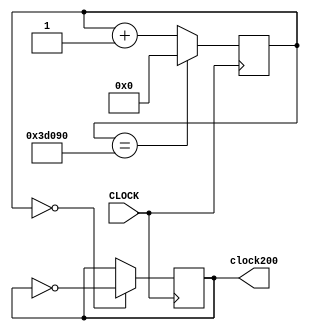
`timescale 1ns / 1ps
//////////////////////////////////////////////////////////////////////////////////
// Company: 
// Engineer: 
// 
// Design Name: 
// Module Name: clock_200hz
// Project Name: 
// Target Devices: 
// Tool Versions: 
// Description: 
// 
// Dependencies: 
// 
// Revision:
// Revision 0.01 - File Created
// Additional Comments:
// 
//////////////////////////////////////////////////////////////////////////////////


module clock_200hz(input CLOCK, output reg clock200);

    reg [31:0] COUNT = 0;
    
    always @ (posedge CLOCK) begin
       COUNT <= (COUNT == 250000) ? 0 : COUNT + 1;
       clock200 <= (COUNT == 0) ? ~clock200 : clock200;
    end    
    
endmodule